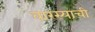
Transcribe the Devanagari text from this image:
वारस्याची